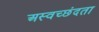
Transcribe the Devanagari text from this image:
अस्वच्छंदता